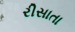
રીસાતા